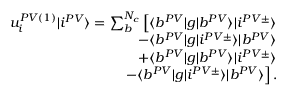
\begin{array} { r } { u _ { i } ^ { P V ( 1 ) } | i ^ { P V } \rangle = \sum _ { b } ^ { N _ { c } } \left[ \langle b ^ { P V } | g | b ^ { P V } \rangle | i ^ { P V \pm } \rangle \right. } \\ { \left. - \langle b ^ { P V } | g | i ^ { P V \pm } \rangle | b ^ { P V } \rangle \right. } \\ { \left. + \langle b ^ { P V } | g | b ^ { P V } \rangle | i ^ { P V \pm } \rangle \right. } \\ { \left. - \langle b ^ { P V } | g | i ^ { P V \pm } \rangle | b ^ { P V } \rangle \right] . } \end{array}